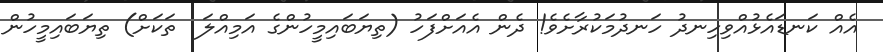
އެއް ކަނޑައެޅުއްވިހިނދު ހަނދުމަކުރާށެވެ! ދެން އެއަށްފަހު (ތިޔަބައިމީހުންގެ އަމިއްލަ  ތަކަށް) ތިޔަބައިމީހުން